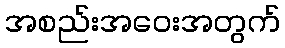
အစည်းအဝေးအတွက်